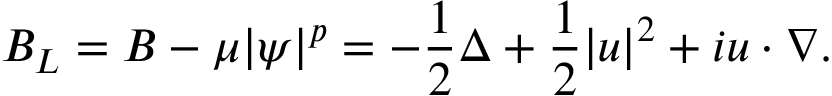
B _ { L } = B - \mu \lvert \psi \rvert ^ { p } = - \frac { 1 } { 2 } \Delta + \frac { 1 } { 2 } \lvert u \rvert ^ { 2 } + i u \cdot \nabla .